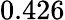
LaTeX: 0.426